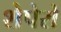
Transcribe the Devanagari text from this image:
शेपेरो